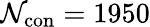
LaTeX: \mathcal{N}_{\mathrm{{con}}}=1950